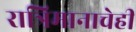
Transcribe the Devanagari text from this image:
रात्रिमानाचेही